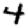
Digit: 4